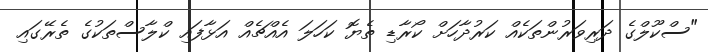
"ސްކޫލްގެ ދަރިވަރުންތަކެއް ކަރުދާހަށް ކޯރާޑި ތެޔޮ ކަހަލަ އެއްޗެއް އަޅާފައި ކްލާސްތަކުގެ ތެރޭގައި